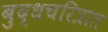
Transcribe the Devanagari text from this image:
बुद्धचरित्रात